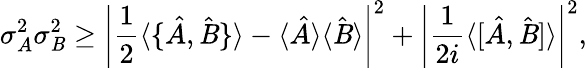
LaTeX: \sigma_{A}^{2}\sigma_{\mathit{B}}^{2}\geq\left|{\frac{{1}}{{2}}}\langle\{ {\hat{{A}}},{\hat{{\mathit{B}}}}\} \rangle-\langle{\hat{{A}}}\rangle\langle{\hat{{\mathit{B}}}}\rangle\right|^{2}+\left|{\frac{{1}}{{2i}}}\langle[{\hat{{A}}},{\hat{{\mathit{B}}}}]\rangle\right|^{2},